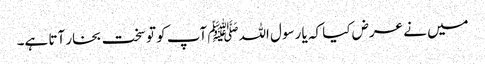
میں نے عرض کیا کہ یا رسول اللہﷺ آپ کو تو سخت بخار آتا ہے۔